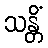
သန္တိံ